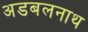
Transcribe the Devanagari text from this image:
अडबलनाथ